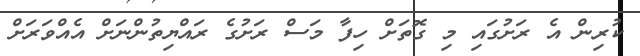
ކުރިން އެ ރަށުގައި މި ގޮތަށް ހިފާ މަސް ރަށުގެ ރައްޔިތުންނަށް އެއްވަރަށް